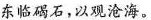
东临碣石，以观沧海。